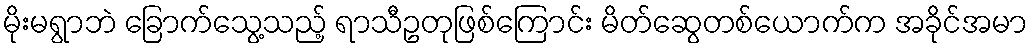
မိုးမရွာဘဲ ခြောက်သွေ့သည့် ရာသီဥတုဖြစ်ကြောင်း မိတ်ဆွေတစ်ယောက်က အခိုင်အမာ